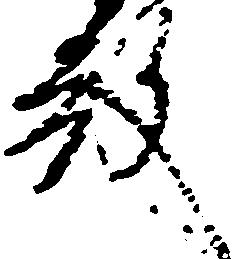
殿